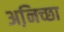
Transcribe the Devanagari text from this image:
अनि़च्छा